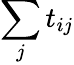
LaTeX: \sum_{j}t_{ij}